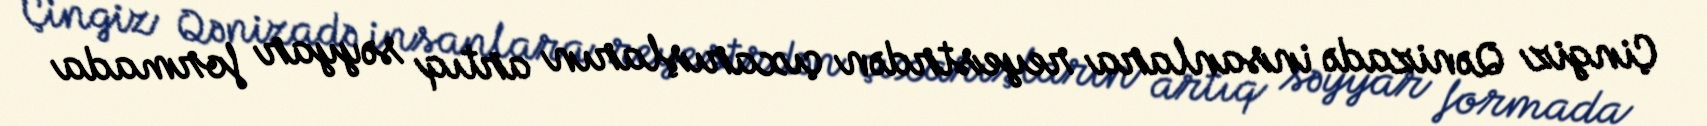
Çingiz Qənizadə insanlara reyestrdən çıxarışların artıq səyyar formada